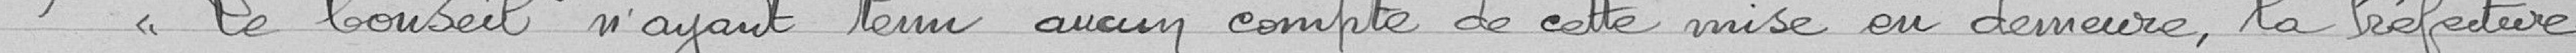
Le conseil n'ayant tenu aucun compte de cette mise en demeure, la Préfecture